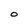
Character: O